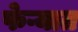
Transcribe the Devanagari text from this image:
फेऱ्यात